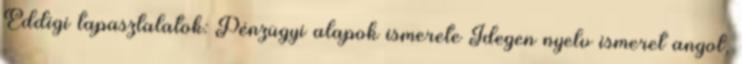
Eddigi tapasztalatok: Pénzügyi alapok ismerete Idegen nyelv ismeret angol,